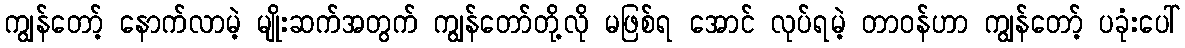
ကျွန်တော့် နောက်လာမဲ့ မျိုးဆက်အတွက် ကျွန်တော်တို့လို မဖြစ်ရ အောင် လုပ်ရမဲ့ တာဝန်ဟာ ကျွန်တော့် ပခုံးပေါ်